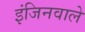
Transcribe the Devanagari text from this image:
इंजिनवाले